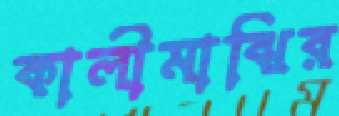
কালীমাঝির